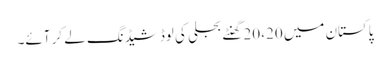
پاکستان میں 20، 20 گھنٹے بجلی کی لوڈشیڈنگ لے کر آئے۔